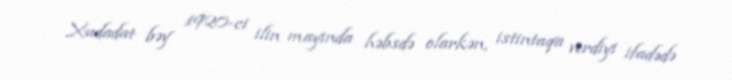
Xudadat bəy 1920-ci ilin mayında həbsdə olarkən, istintaqa verdiyi ifadədə